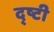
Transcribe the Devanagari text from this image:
द्ष्टी